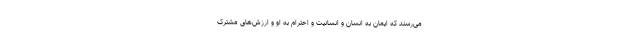
می‌رسند که ایمان به انسان و انسانیت و احترام به او و ارزش‌های مشترک